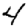
Digit: 4